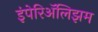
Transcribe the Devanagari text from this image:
इंपेरिॲलिझम